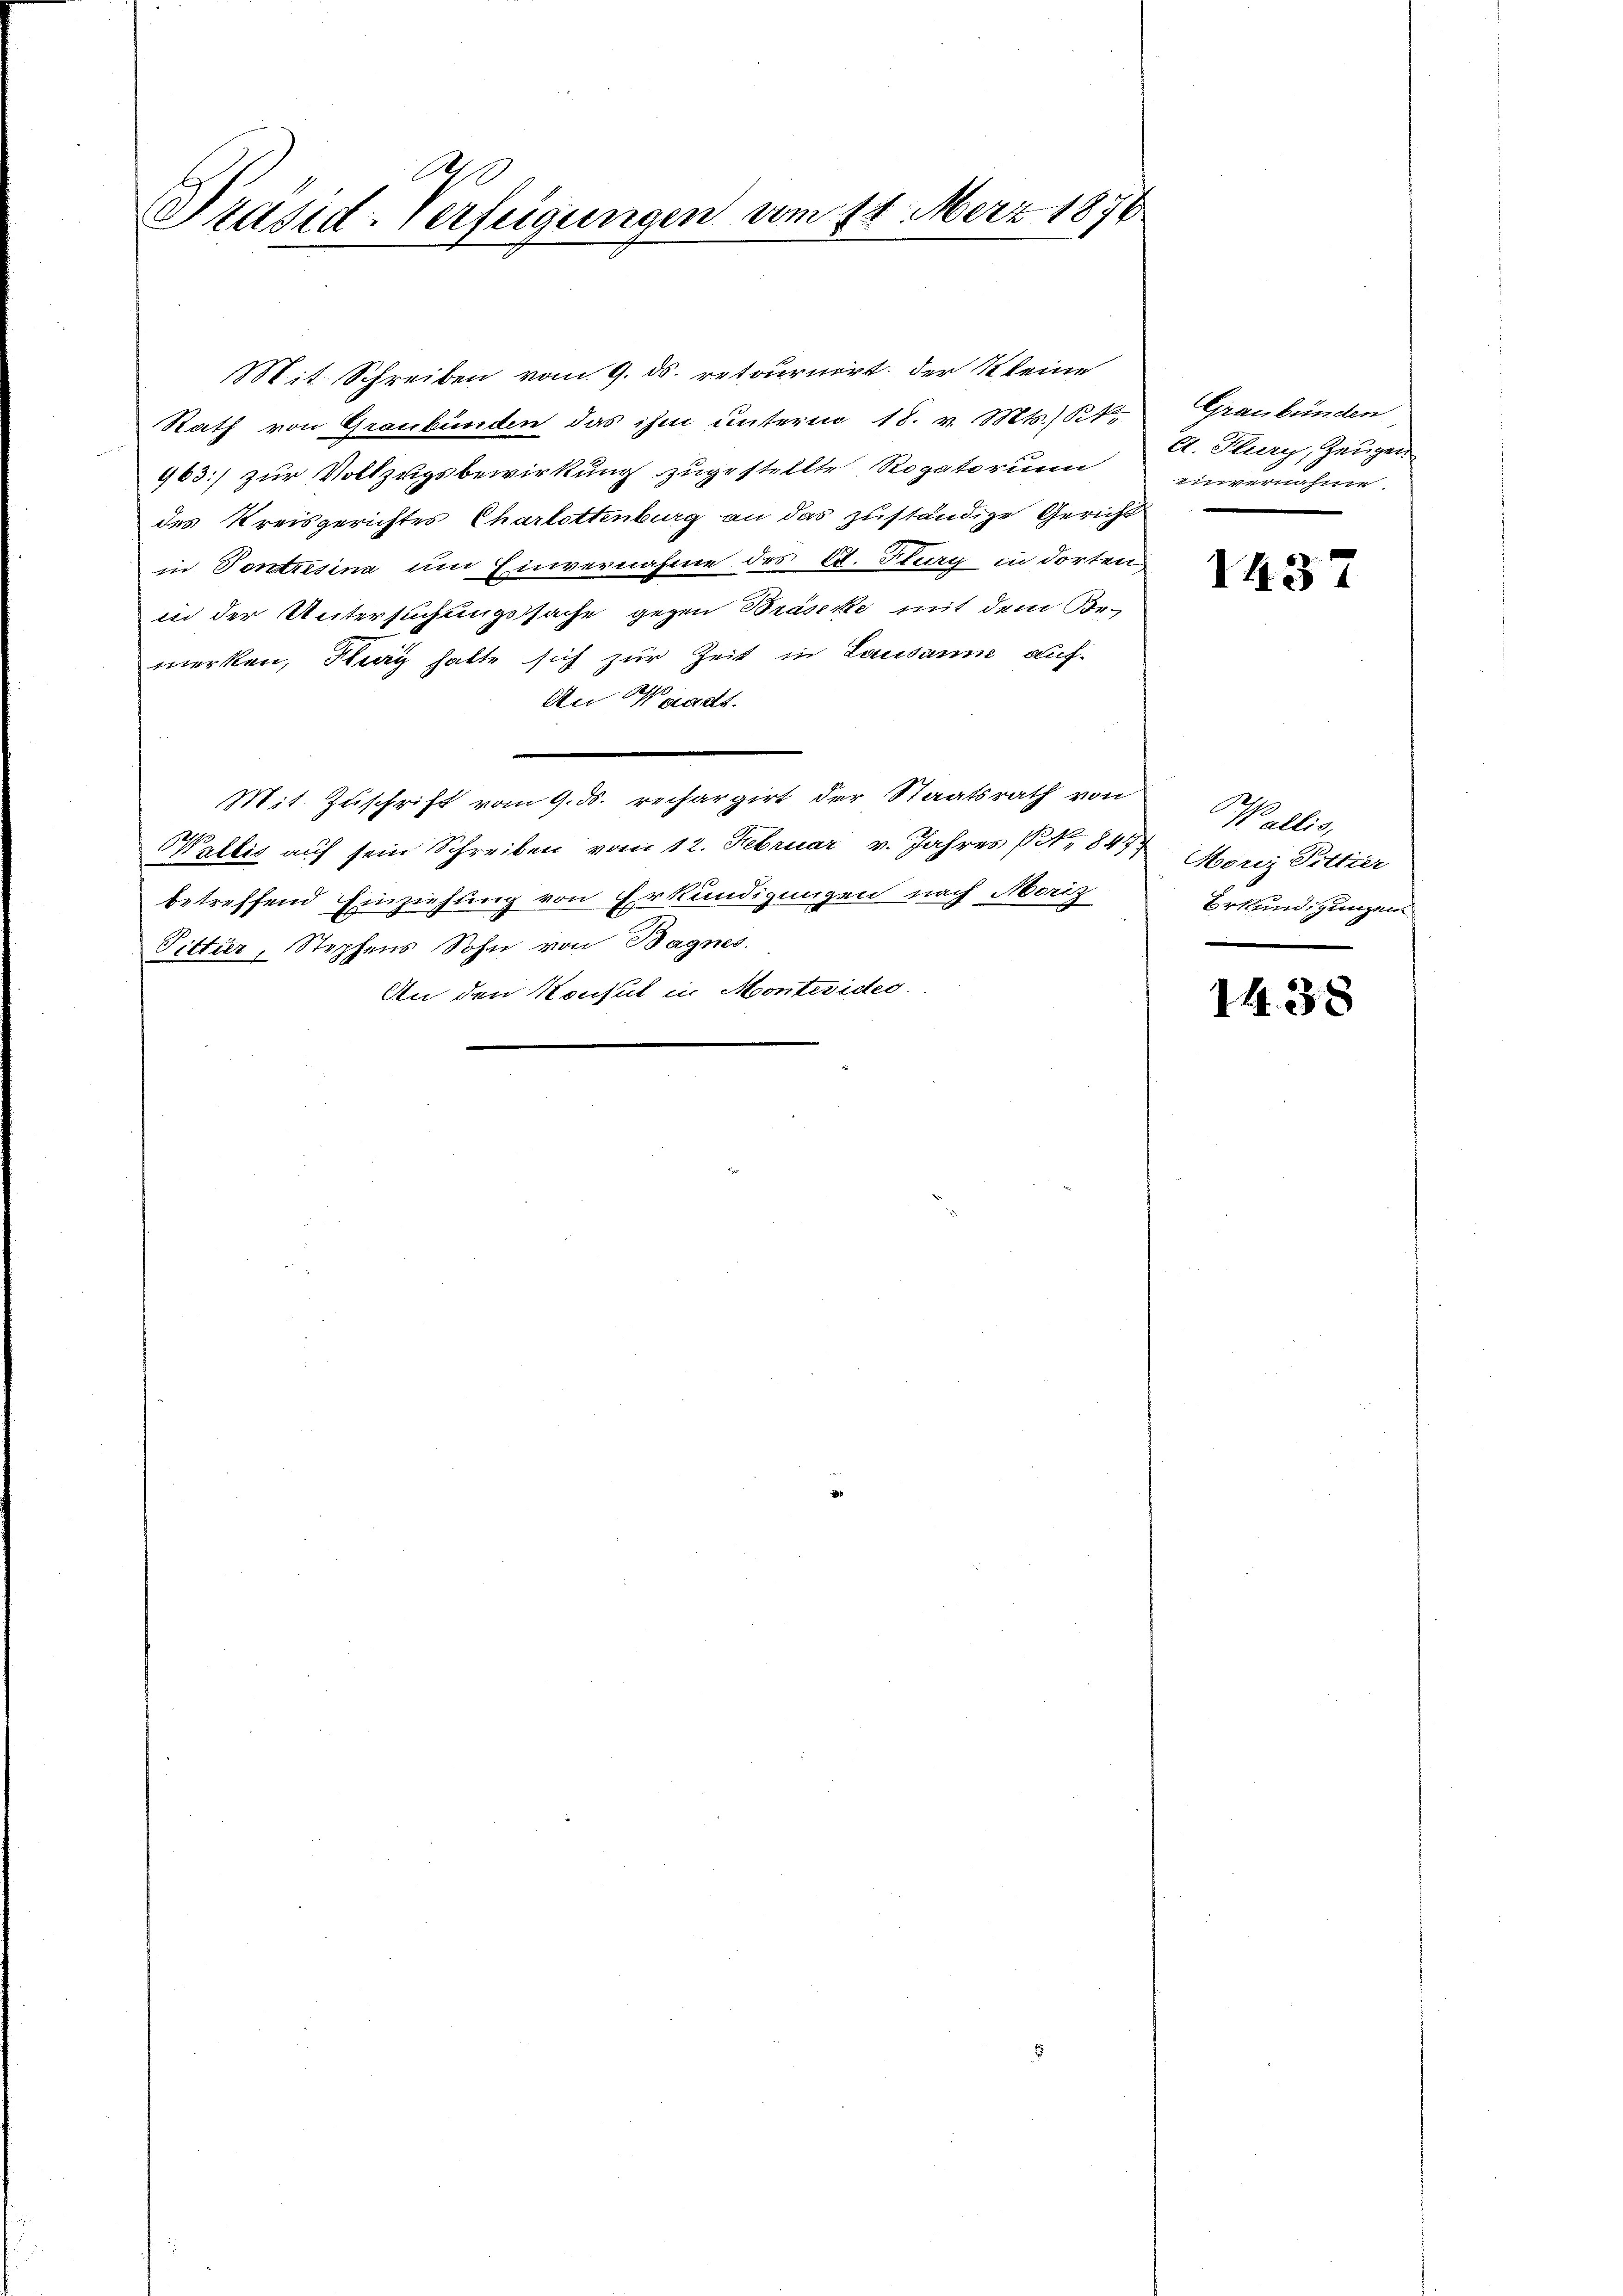
A
Präsid-Verfügungen vom 14. März 1876

Mit. Schreiben vom 9. ds. retournirt; der Kleine
Rath von Graubünden das ihm unterm 18. v. Mts. S.
963] zur Vollzugsbewirkung zugestellte Rogatorium
des Kreisgerichtes Charlottenburg an das zuständige Gericht
in Pontresine um Einvernahme des C. Flurg in dorten
in der Untersuchungssache gegen Braseke mit dem Be-
merken, Tag hatte sich zur Zeit in Lausanne auf¬
An Waadt.
Mit Zuschrift vom 9. d. rechargirt der Staatsrath von
Wallis auf sein Schreiben vom 12. Februar v. Jahres Nr. 847
betreffend Einziehung von Erkundigungen nach Moriz
Fittier, Stephens Sohn von Bagnes.
An den Konsul in Montevider

Graubünden
A. Flury, Zeugen
einvernahme,
.

1457

Wallis,
Möriz Fittier
Erkundigungen

14.38